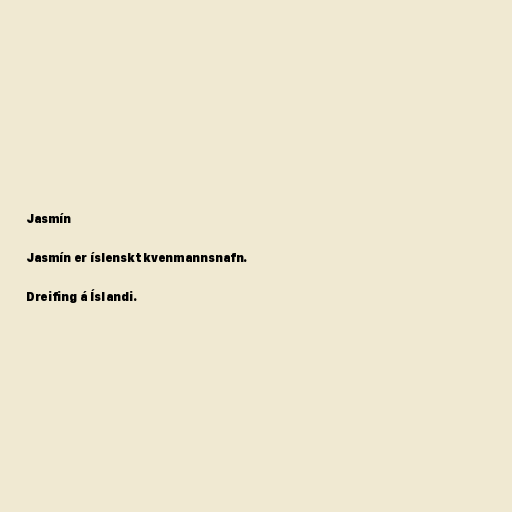
Jasmín

Jasmín er íslenskt kvenmannsnafn.

Dreifing á Íslandi.